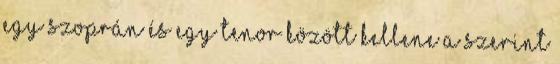
egy szoprán és egy tenor között kellene a szerint